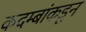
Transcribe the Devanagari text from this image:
कदम्बांकडून